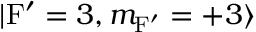
| \mathrm { F ^ { \prime } } = 3 , m _ { \mathrm { F ^ { \prime } } } = + 3 \rangle